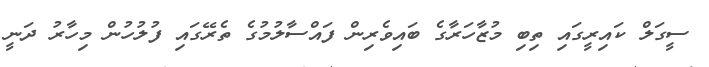
ސީގަލް ކައިރީގައި ތިބި މުޒާހަރާގެ ބައިވެރިން ފައްސާލުމުގެ ތެރޭގައި ފުލުހުން މިހާރު ދަނީ